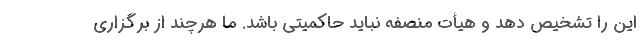
این را تشخیص دهد و هیأت منصفه نباید حاکمیتی باشد. ما هرچند از برگزاری